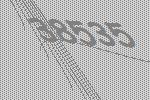
38535